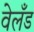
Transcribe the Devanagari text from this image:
वेलँड